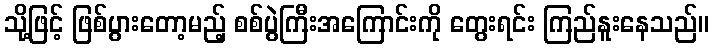
သို့ဖြင့် ဖြစ်ပွားတော့မည့် စစ်ပွဲကြီးအကြောင်းကို တွေးရင်း ကြည်နူးနေသည်။